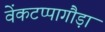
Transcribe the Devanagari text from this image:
वेंकटप्पागौड़ा